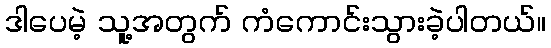
ဒါပေမဲ့ သူ့အတွက် ကံကောင်းသွားခဲ့ပါတယ်။